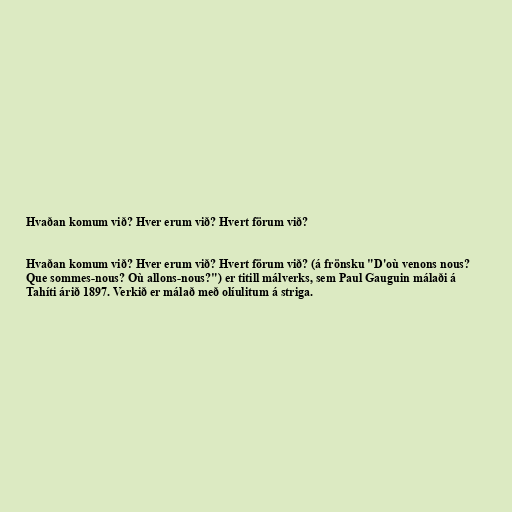
Hvaðan komum við? Hver erum við? Hvert förum við?

Hvaðan komum við? Hver erum við? Hvert förum við? (á frönsku "D'où venons nous?
Que sommes-nous? Où allons-nous?") er titill málverks, sem Paul Gauguin málaði á
Tahíti árið 1897. Verkið er málað með olíulitum á striga.